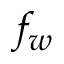
f _ { w }